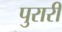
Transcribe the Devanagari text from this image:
पुरारी